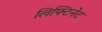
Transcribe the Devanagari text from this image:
लिफ्टिनेट